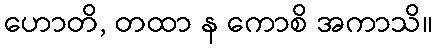
ဟောတိ, တထာ န ကောစိ အကာသိ။